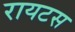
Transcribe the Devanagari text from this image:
रायटस